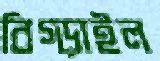
বিগ্‌ড়াইল